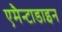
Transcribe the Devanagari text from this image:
एमैन्टाडाइन